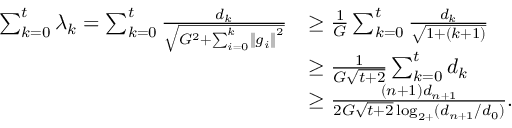
\begin{array} { r l } { \sum _ { k = 0 } ^ { t } \lambda _ { k } = \sum _ { k = 0 } ^ { t } \frac { d _ { k } } { \sqrt { G ^ { 2 } + \sum _ { i = 0 } ^ { k } \left\Vert g _ { i } \right\Vert ^ { 2 } } } } & { \geq \frac { 1 } { G } \sum _ { k = 0 } ^ { t } \frac { d _ { k } } { \sqrt { 1 + ( k + 1 ) } } } \\ & { \ge \frac { 1 } { G \sqrt { t + 2 } } \sum _ { k = 0 } ^ { t } d _ { k } } \\ & { \geq \frac { \left( n + 1 \right) d _ { n + 1 } } { 2 G \sqrt { t + 2 } \log _ { 2 + } ( d _ { n + 1 } / d _ { 0 } ) } . } \end{array}